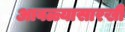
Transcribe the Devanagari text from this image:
आवळ्यासारखी